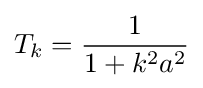
T_{k}={\frac {1}{1+k^{2}a^{2}}}